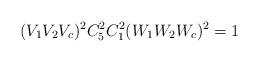
LaTeX: \begin{align*}(V_{1} V_{2} V_{c})^{2} C_{5}^{2} C_{1}^{2}(W_{1} W_{2} W_{c})^{2} &= 1 \end{align*}